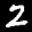
Label: 2